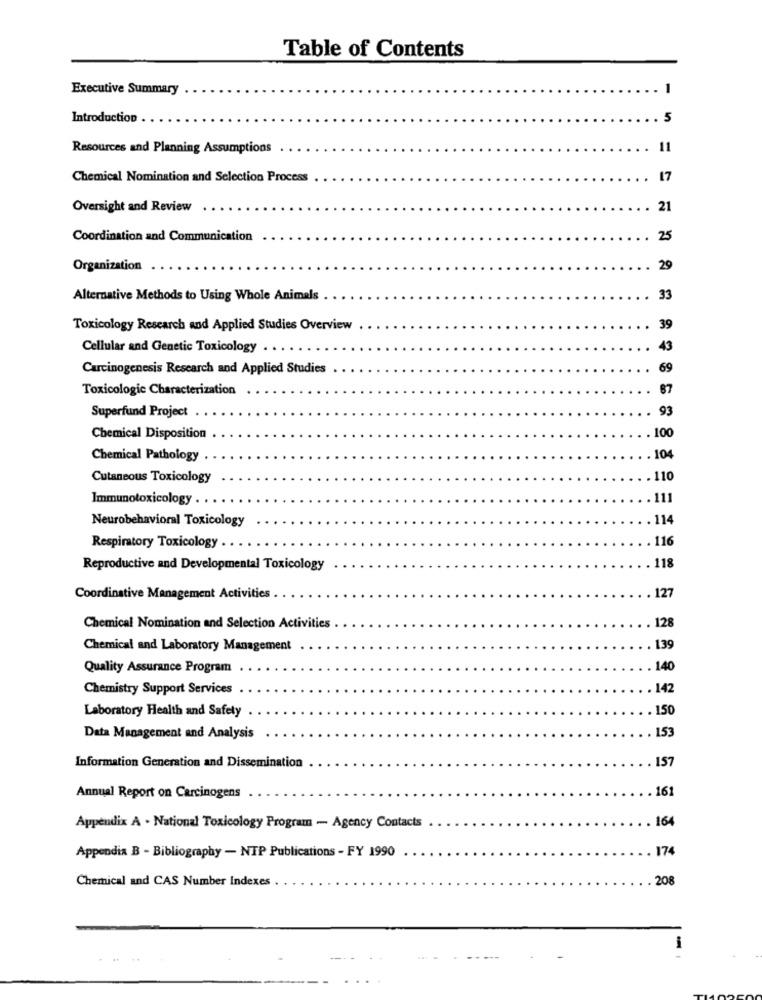
Table of Contents
Executive Summary
-
Introduction
5
Resources and Planning Assumptions
11
Chemical Nomination and Selection Process
17
Oversight and Review
21
Coordination and Communication
25
Organization
29
Alternative Methods to Using Whole Animals
33
Toxicology Research and Applied Studies Overview
39
Cellular and Genetic Toxicology
43
Carcinogenesis Research and Applied Studies
69
Toxicologic Characterization
87
93
Superfund Project
100
Chemical Disposition
Chemical Pathology
104
Cutaneous Toxicology
110
Immunotoxicology . ..
111
Neurobehavioral Toxicology
116
Respiratory Toxicology . .
118
Reproductive and Developmental Toxicology
127
Coordinative Management Activities
128
Chemical Nomination and Selection Activities
139
Chemical and Laboratory Management
Quality Assurance Program
140
Chemistry Support Services
142
Laboratory Health and Safety
150
153
Data Management and Analysis
157
Information Generation and Dissemination
161
Annual Report on Carcinogens
164
Appendix A . National Toxicology Program - Agency Contacts
Appendix B - Bibliography - NTP Publications - FY 1990
174
Chemical and CAS Number Indexes
208
-